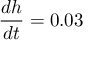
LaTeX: { \frac { d h } { d t } } = 0 . 0 3